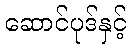
ဆောင်ပုဒ်နှင့်